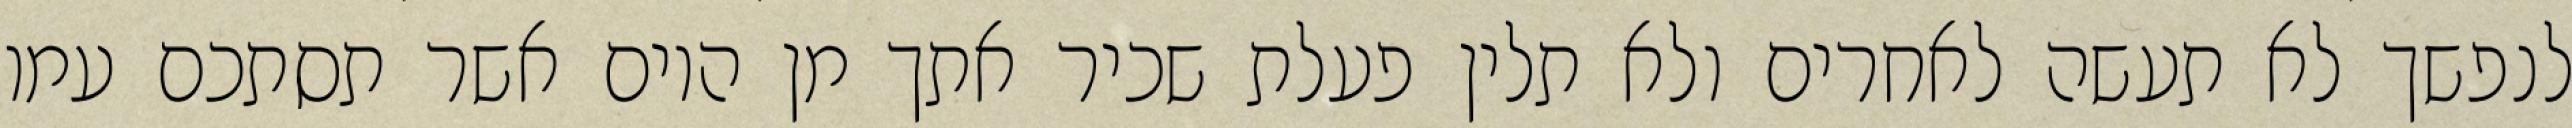
לנפשך לא תעשה לאחרים ולא תלין פעלת שכיר אתך מן היום אשר תסתכם עמו